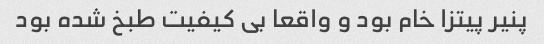
پنیر پیتزا خام بود و واقعا بی کیفیت طبخ شده بود